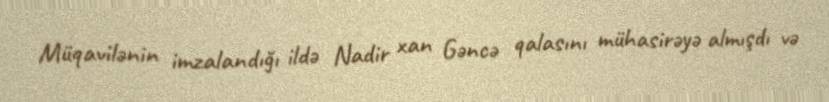
Müqavilənin imzalandığı ildə Nadir xan Gəncə qalasını mühasirəyə almışdı və